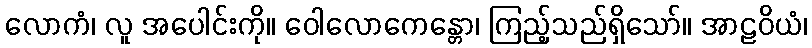
လောကံ၊ လူ အပေါင်းကို။ ဝေါလောကေန္တော၊ ကြည့်သည်ရှိသော်။ အာဠဝိယံ၊